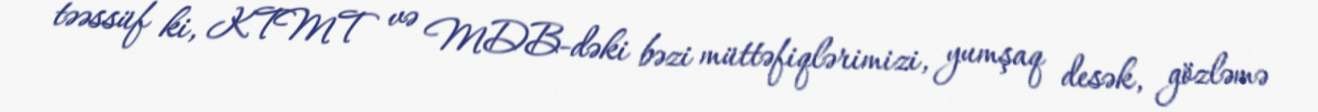
təəssüf ki, KTMT və MDB-dəki bəzi müttəfiqlərimizi, yumşaq desək, gözləmə